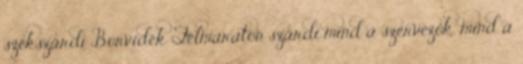
szekszárdi Borvidék Félmaraton szárdi mind a szervezők, mind a